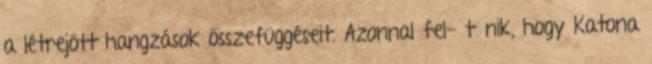
a létrejött hangzások összefüggéseit. Azonnal fel- tűnik, hogy Katona